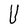
Character: U